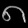
Digit: ၈